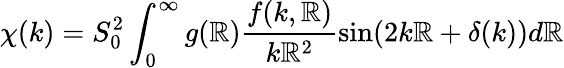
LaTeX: \chi(k)=S_{0}^{2}\int_{0}^{\infty}g(\mathbb{R})\frac{{f(k,\mathbb{R})}}{{k\mathbb{R}^{2}}}\sin(2k\mathbb{R}+\delta(k))d\mathbb{R}